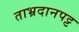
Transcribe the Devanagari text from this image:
ताभ्रदानपट्ट